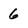
Character: 6